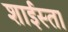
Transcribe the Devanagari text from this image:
शाईस्ता